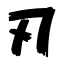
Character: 刃